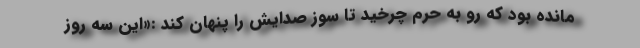
مانده بود که رو به حرم چرخید تا سوز صدایش را پنهان کند :«این سه روز